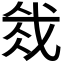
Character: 𫻰